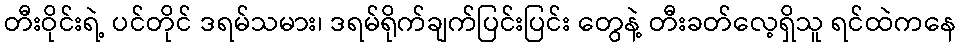
တီးဝိုင်းရဲ့ ပင်တိုင် ဒရမ်သမား၊ ဒရမ်ရိုက်ချက်ပြင်းပြင်း တွေနဲ့ တီးခတ်လေ့ရှိသူ ရင်ထဲကနေ